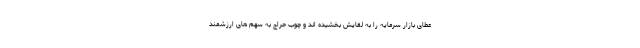
عطای بازار سرمایه را به لقایش بخشیده اند و چوب حراج به سهم های ارزشمند